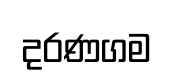
දරණගම